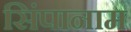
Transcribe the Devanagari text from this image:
सिंपानाम